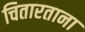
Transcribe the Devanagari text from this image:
चितारताना